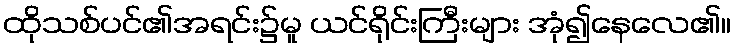
ထိုသစ်ပင်၏အရင်း၌မူ ယင်ရိုင်းကြီးများ အုံ၍နေလေ၏။